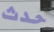
حدث